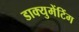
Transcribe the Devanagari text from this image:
डाक्युमेंटिंग